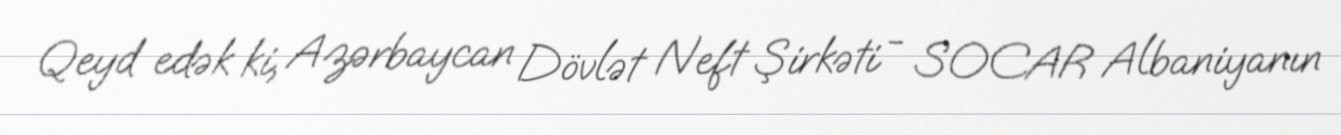
Qeyd edək ki, Azərbaycan Dövlət Neft Şirkəti - SOCAR Albaniyanın